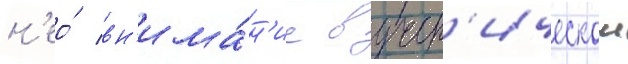
н'ео́ вн'има́н'ие в учен'ическои